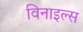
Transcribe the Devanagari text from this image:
विनाइल्स